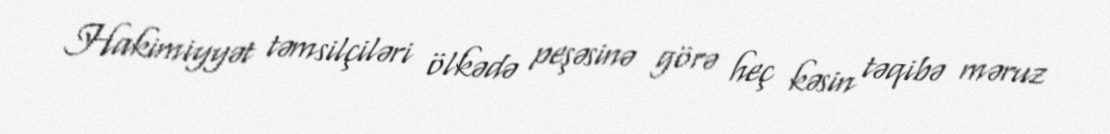
Hakimiyyət təmsilçiləri ölkədə peşəsinə görə heç kəsin təqibə məruz